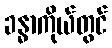
ခန္ဓာကိုယ်တွင်